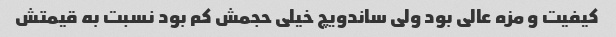
کیفیت و مزه عالی بود ولی ساندویچ خیلی حجمش کم بود نسبت به قیمتش